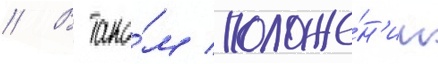
// В тако́м положе́н'ии